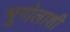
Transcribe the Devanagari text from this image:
भूगोलाशी